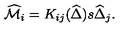
\widehat { \cal M } _ { i } = K _ { i j } ( \widehat { \Delta } ) s \widehat { \Delta } _ { j } .